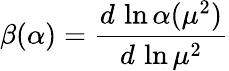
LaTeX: \beta(\alpha)=\frac{d\, \ln\alpha(\mu^{2})}{d\, \ln\mu^{2}}